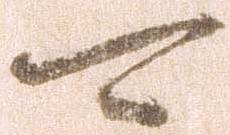
可